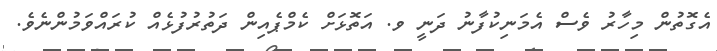
އެގޮތުން މިހާރު ވެސް އެމަނިކުފާނު ދަނީ ވ. އަތޮޅަށް ކެމްޕެއިން ދަތުރުފުޅެއް ކުރައްވަމުންނެވެ.